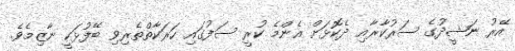
އޭރު ނަޝީދުގެ ސަރުކާރާއި ދެކޮޅަށް އެންމެ ކުރީ ސަފުގައި ހަރަކާތްތެރިވި ބޭފުޅަކީ ނާޒިމެވެ.